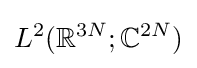
L^{2}(\mathbb {R} ^{3N};\mathbb {C} ^{2N})